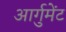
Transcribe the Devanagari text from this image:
आर्गुमेंट